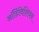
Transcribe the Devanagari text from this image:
ऑर्डिविशियन